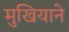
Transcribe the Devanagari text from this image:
मुखियाने